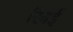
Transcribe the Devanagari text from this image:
रिवई